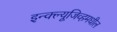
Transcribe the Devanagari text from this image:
इन्क्ल्यूजिव्हमधील